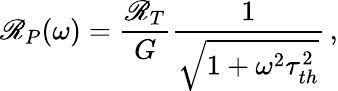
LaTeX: \mathscr{R}_{P}(\omega)=\frac{\mathscr{R}_{T}}{G}\frac{1}{\sqrt{1+\omega^{2}\tau_{th}^{2}}}\, ,